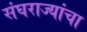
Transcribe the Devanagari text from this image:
संघराज्यांचा